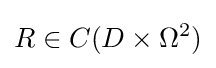
R\in C(D\times \Omega ^{2})